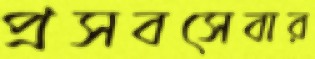
প্রসবসেবার